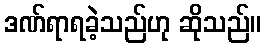
ဒဏ်ရာရခဲ့သည်ဟု ဆိုသည်။